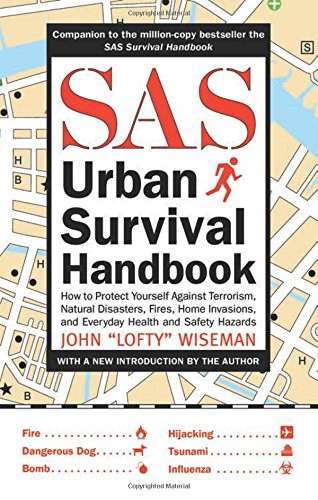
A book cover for SAS Urban Survival Handbook: How to Protect Yourself Against Terrorism, Natural Disasters, Fires, Home Invasions, and Everyday Health and Safety Hazards; John "Lofty" Wiseman; Science & Math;